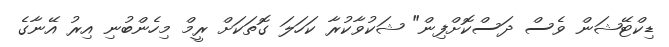
ޑިކްޓޭޝަން ވެސް ދަސްކޮށްފިން" ޝަކުވާކުރާ ކަހަލަ ގޮތަކަށް ރީމް މިހެންބުނި އިރު އޭނާގެ